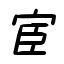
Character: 宦